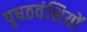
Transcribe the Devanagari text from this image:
पृषठवंशियों